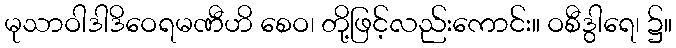
မုသာဝါဒါဒိဝေရမဏီဟိ စေဝ၊ တို့ဖြင့်လည်းကောင်း။ ဝစီဒွါရေ၊ ၌။